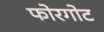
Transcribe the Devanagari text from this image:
फोरगोट